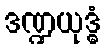
ဒဏ္ဍယုဒ္ဓံ